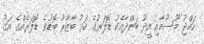
ހައްޖު މޫސުމާއި އީދު ބަންދާއެކު ޑޮލަރުގެ ކަޅު ބާޒާރު ބޮޑުވެ ޑޮލަރެއްގެ އަގު